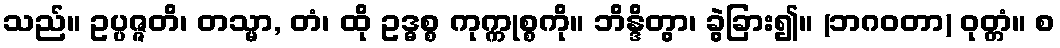
သည်။ ဥပ္ပဇ္ဇတိ၊ တသ္မာ, တံ၊ ထို ဥဒ္ဓစ္စ ကုက္ကုစ္စကို။ ဘိန္ဒိတွာ၊ ခွဲခြား၍။ (ဘဂဝတာ) ဝုတ္တံ။ စ